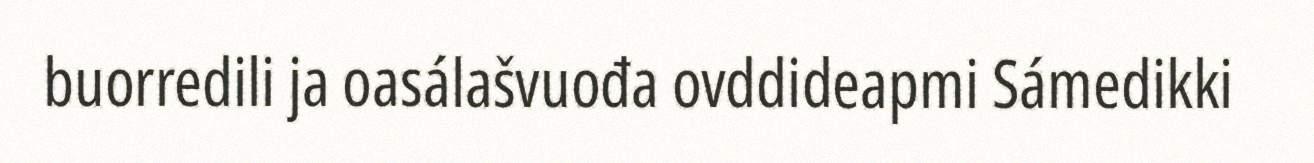
buorredili ja oasálašvuođa ovddideapmi Sámedikki